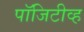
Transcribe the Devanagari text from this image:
पॉजिटीव्ह